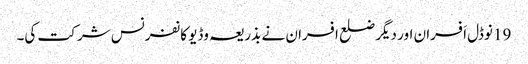
19 نوڈل اَفسران اور دیگر ضلع افسران نے بذریعہ وڈیو کانفرنس شر کت کی۔